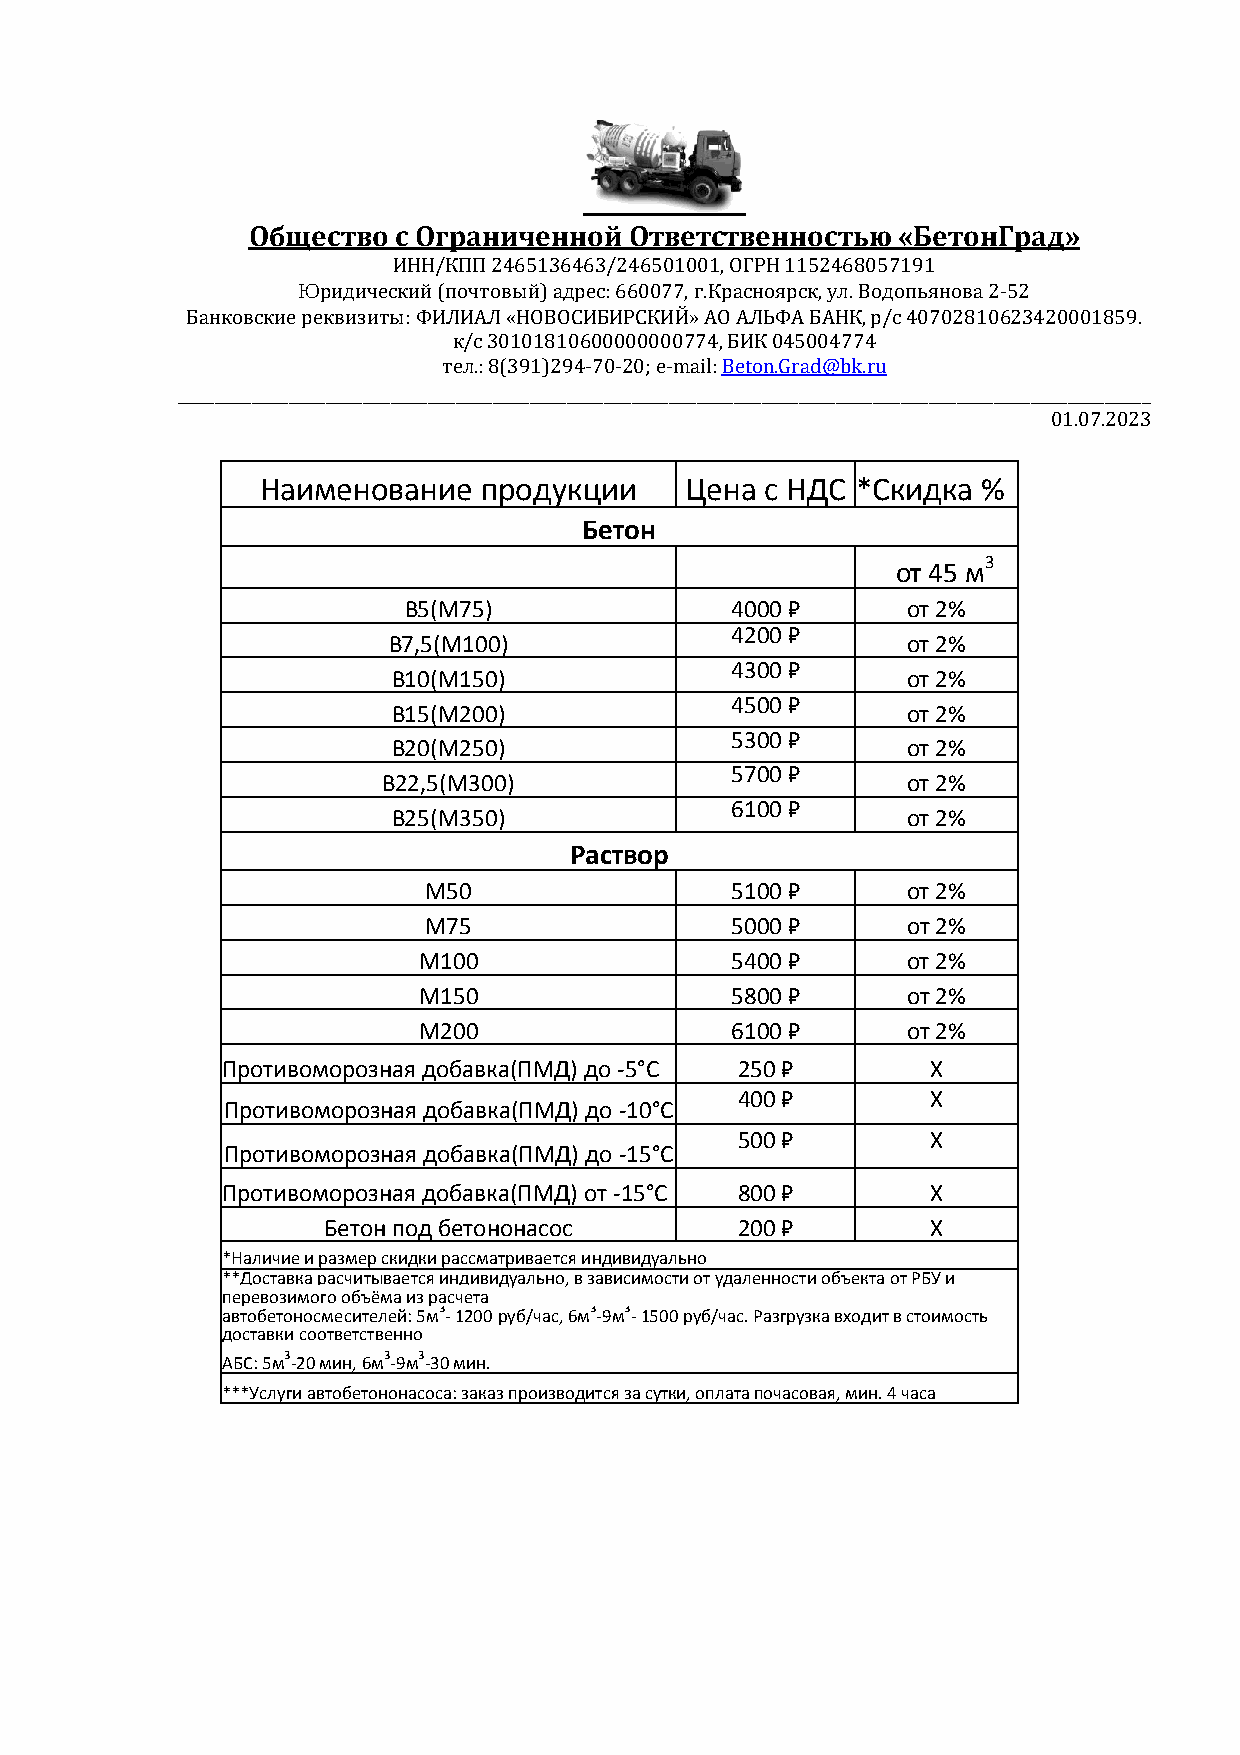
Общество  с Ограниченной  Ответственностью «БетонГрад»
 ИНН/КПП 2465136463/246501001, ОГРН 1152468057191
 Юридический (почтовый) адрес: 660077, г.Красноярск, ул. Водопьянова 2-52
 Банковские реквизиты: ФИЛИАЛ «НОВОСИБИРСКИЙ» АО АЛЬФА БАНК, р/с 40702810623420001859.
 к/с 30101810600000000774, БИК 045004774
 тел.: 8(391)294-70-20; e-mail: Beton.Grad@bk.ru
 _________________________________________________________________________________________________________
 01.07.2023
 Наименование   продукции    Цена  с НДС *Скидка %
 Бетон
 от 45 м3
 В5(М75)              4000 ₽      от 2%
 В7,5(М100)
 4200 ₽
 от 2%
 4300 ₽
 В10(М150)                         от 2%
 4500 ₽
 В15(М200)                         от 2%
 В20(М250)
 5300 ₽
 от 2%
 5700 ₽
 В22,5(М300)                        от 2%
 В25(М350)
 6100 ₽
 от 2%
 Раствор
 М50                 5100 ₽      от 2%
 М75                 5000 ₽      от 2%
 М100                5400 ₽      от 2%
 М150                5800 ₽      от 2%
 М200                6100 ₽      от 2%
 Противоморозная добавка(ПМД) до -5°С 250 ₽     X
 400 ₽        X
 Противоморозная добавка(ПМД) до -10°С
 500 ₽        X
 Противоморозная добавка(ПМД) до -15°С
 Противоморозная добавка(ПМД) от -15°С 800 ₽    X
 Бетон под бетононасос       200 ₽        X
 *Наличие и размер скидки рассматривается индивидуально
 **Доставка расчитывается индивидуально, в зависимости от удаленности объекта от РБУ и
 перевозимого объёма из расчета
 автобетоносмесителей: 5м3- 1200 руб/час, 6м3-9м3- 1500 руб/час. Разгрузка входит в стоимость
 доставки соответственно
 АБС: 5м3-20 мин, 6м3-9м3-30 мин.
 ***Услуги автобетононасоса: заказ производится за сутки, оплата почасовая, мин. 4 часа